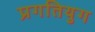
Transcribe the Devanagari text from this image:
प्रगतियुग